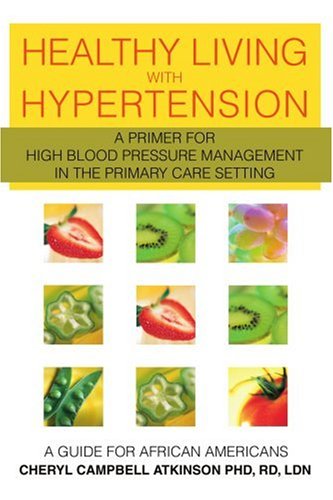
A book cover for Healthy Living with Hypertension: A Guide for African Americans; Cheryl Atkinson; Health, Fitness & Dieting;